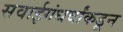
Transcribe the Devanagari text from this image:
सवाईगंधर्वांकडून